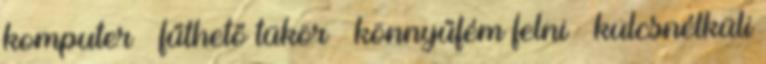
komputer – fűthető tükör – könnyűfém felni – kulcsnélküli